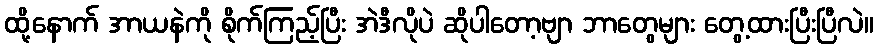
ထို့နောက် အာယနဲကို စိုက်ကြည့်ပြီး အဲဒီလိုပဲ ဆိုပါတော့ဗျာ ဘာတွေများ တွေ့ထားပြီးပြီလဲ။